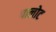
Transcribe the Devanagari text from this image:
पालोट